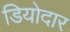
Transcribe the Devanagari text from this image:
डियोदार